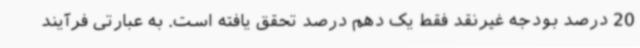
20 درصد بودجه غیرنقد فقط یک دهم درصد تحقق یافته است. به عبارتی فرآیند